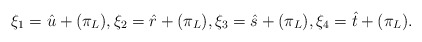
\begin{align*} \xi_1 = \hat{u} + (\pi_L), \xi_2 = \hat{r} + (\pi_L), \xi_3 = \hat{s} + (\pi_L), \xi_4 = \hat{t} + (\pi_L).\end{align*}